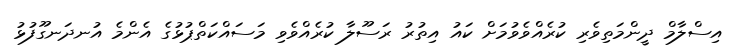
އިސްލާމް ދީންމަތިވެރި ކުރެއްވެވުމަށް ކައު އިތުރު ރަސޫލާ ކުރެއްވެވި މަސައްކަތްޕުޅުގެ އެންމެ އުނދަނގޫފުޅު